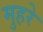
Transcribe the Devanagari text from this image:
मुहरे